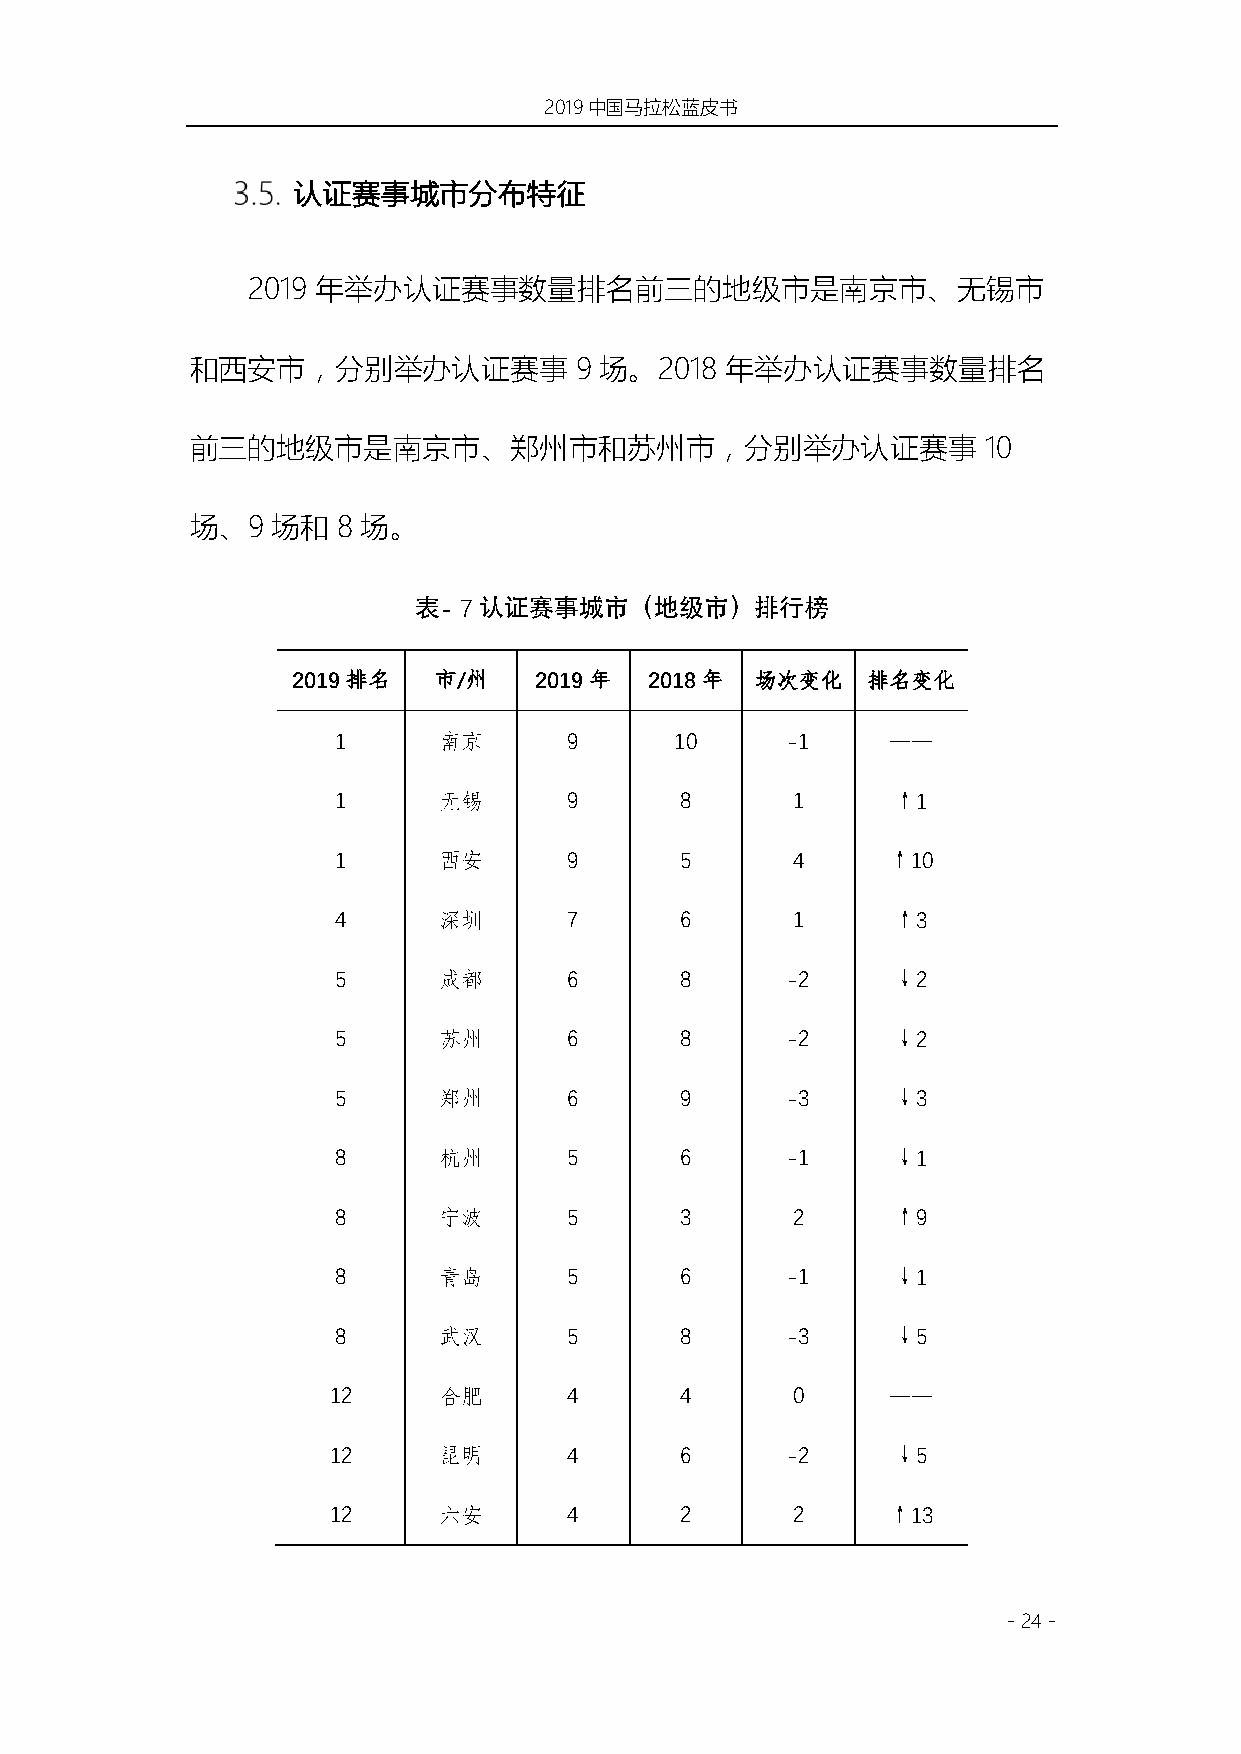
2019中国马拉松蓝皮书
 认证赛事城市分布特征
 2019 年举办认证赛事数量排名前三的地级市是南京市、无锡市
 和西安市，分别举办认证赛事            9 场。2018  年举办认证赛事数量排名
 前三的地级市是南京市、郑州市和苏州市，分别举办认证赛事                         10
 场、9  场和  8 场。
 表- 7认证赛事城市（地级市）排⾏榜
 2019排名    市/州   2019年   2018年  场次变化   排名变化
 1      南京       9      10     -1     ——
 1      无锡       9      8      1      ↑1
 1      西安       9      5      4      ↑10
 4      深圳       7      6      1      ↑3
 5      成都       6      8      -2     ↓2
 5      苏州       6      8      -2     ↓2
 5      郑州       6      9      -3     ↓3
 8      杭州       5      6      -1     ↓1
 8      宁波       5      3      2      ↑9
 8      青岛       5      6      -1     ↓1
 8      武汉       5      8      -3     ↓5
 12     合肥       4      4      0      ——
 12     昆明       4      6      -2     ↓5
 12     六安       4      2      2      ↑13
 - 24 -